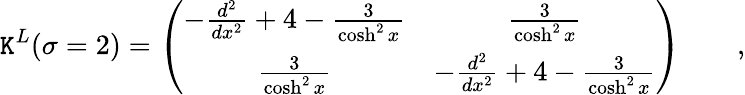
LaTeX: {\cal\mathtt{K}}^{L}(\sigma=2)=\left(\begin{array}{cc}{{-\frac{d^{2}}{dx^{2}}+4-\frac{3}{\cosh^{2}x}}}&{{\frac{3}{\cosh^{2}x}}}\\ {{\frac{3}{\cosh^{2}x}}}&{{-\frac{d^{2}}{dx^{2}}+4-\frac{3}{\cosh^{2}x}}}\end{array}\right)\qquad,